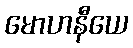
မောဟနီယေ